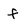
Character: f